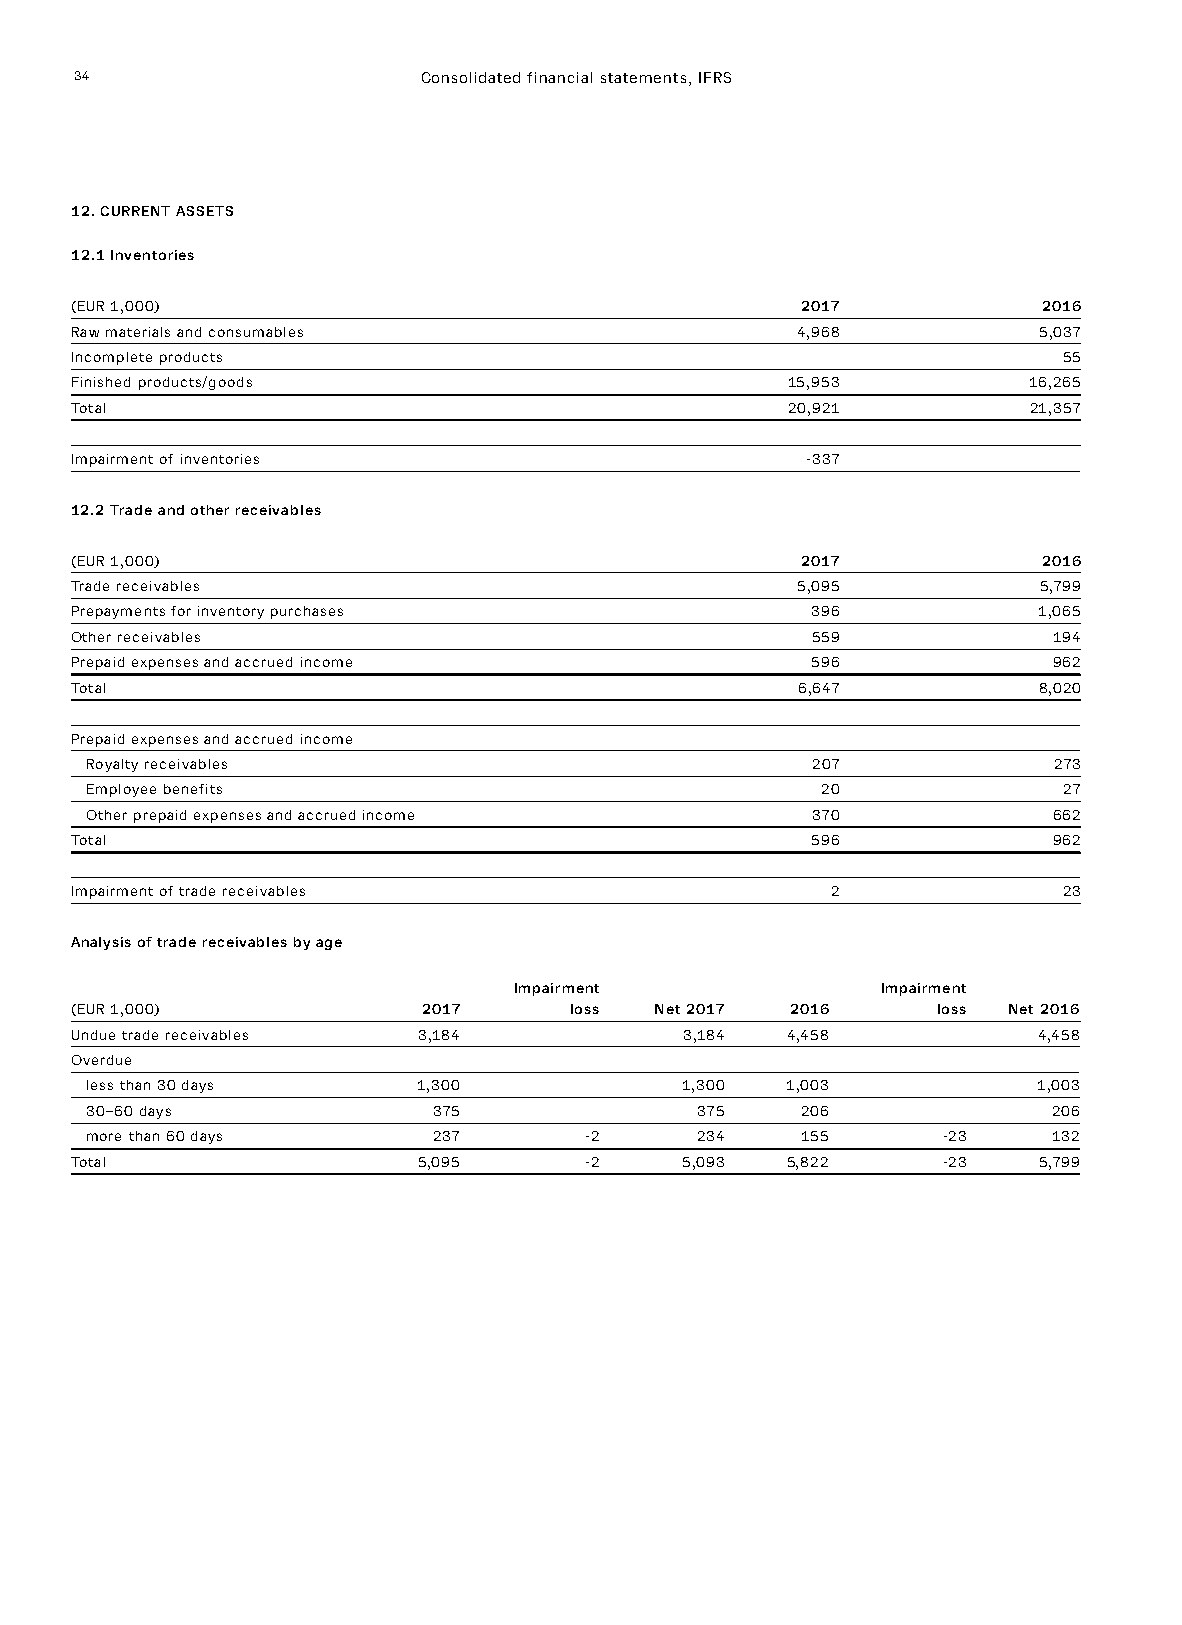
34                     Consolidated financial statements, IFRS
 12. CURRENT ASSETS
 12.1 Inventories
 (EUR 1,000)                                     2017            2016
 Raw materials and consumables                   4,968           5,037
 Incomplete products                                              55
 Finished products/goods                        15,953          16,265
 Total                                          20,921          21,357
 Impairment of inventories                       -337
 12.2 Trade and other receivables
 (EUR 1,000)                                     2017            2016
 Trade receivables                               5,095           5,799
 Prepayments for inventory purchases              396            1,065
 Other receivables                                559             194
 Prepaid expenses and accrued income              596             962
 Total                                           6,647           8,020
 Prepaid expenses and accrued income
 Royalty receivables                             207             273
 Employee benefits                               20              27
 Other prepaid expenses and accrued income       370             662
 Total                                            596             962
 Impairment of trade receivables                   2              23
 Analysis of trade receivables by age
 Impairment              Impairment
 (EUR 1,000)            2017      loss Net 2017 2016      loss Net 2016
 Undue trade receivables 3,184           3,184  4,458            4,458
 Overdue
 less than 30 days     1,300            1,300  1,003            1,003
 30–60 days             375              375    206              206
 more than 60 days      237       -2     234    155      -23     132
 Total                  5,095      -2    5,093  5,822     -23    5,799